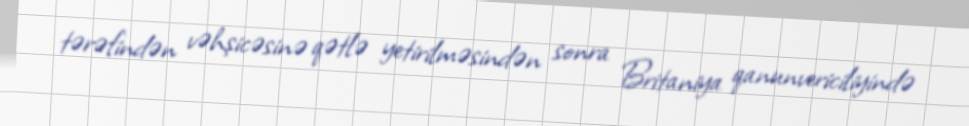
tərəfindən vəhşicəsinə qətlə yetirilməsindən sonra Britaniya qanunvericiliyində